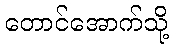
တောင်အောက်သို့